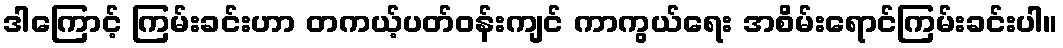
ဒါကြောင့် ကြမ်းခင်းဟာ တကယ့်ပတ်ဝန်းကျင် ကာကွယ်ရေး အစိမ်းရောင်ကြမ်းခင်းပါ။